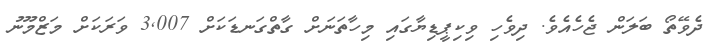
ދެވޭތޯ ބަލަން ޖެހެއެވެ. ދިވެހި ވިކިޕީޑިޔާގައި މިހާތަނަށް ގާތްގަނޑަކަށް 3